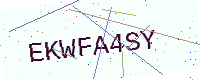
Text: EKWFA4SY